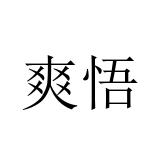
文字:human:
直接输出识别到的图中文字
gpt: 爽悟